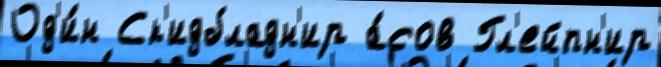
Од'и́н Ск'идбладн'ир а́сов Гл'ейпн'ир